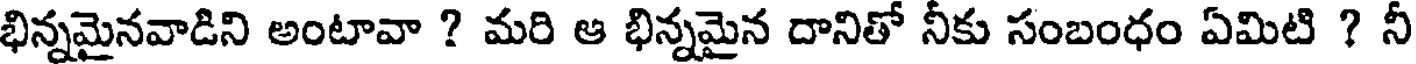
భిన్నమైనవాడిని అంటావా ? మరి ఆ భిన్నమైన దానితో నీకు సంబంధం ఏమిటి ? నీ